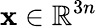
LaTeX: \mathbf{x}\in\mathbb{R}^{3n}